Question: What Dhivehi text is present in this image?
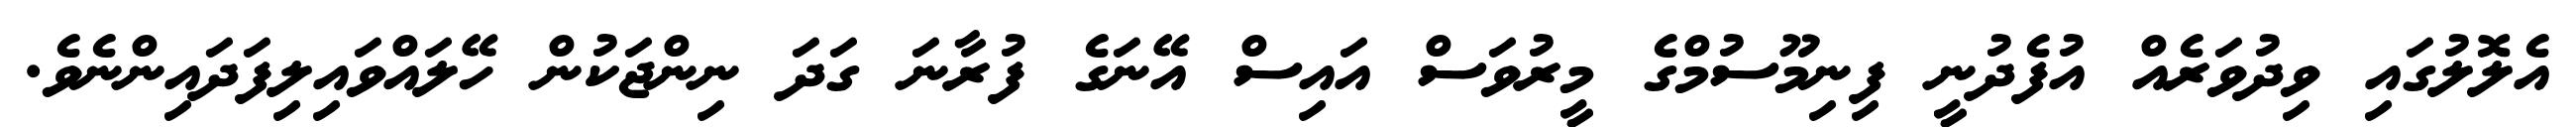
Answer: އެލޮލުގައި ވިދުވަރެއް އުފެދުނީ ފިނިމޫސުމްގެ މީރުވަސް އައިސް އޭނަގެ ފުރާނަ ގަދަ ނިންޖަކުން ހޭލައްވައިލިފަދައިންނެވެ.